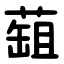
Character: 䔘